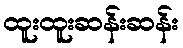
ထူးထူးဆန်းဆန်း